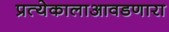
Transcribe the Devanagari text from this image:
प्रत्येकालाआवडणारा